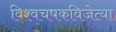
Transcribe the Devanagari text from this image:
विश्वचषकविजेत्या